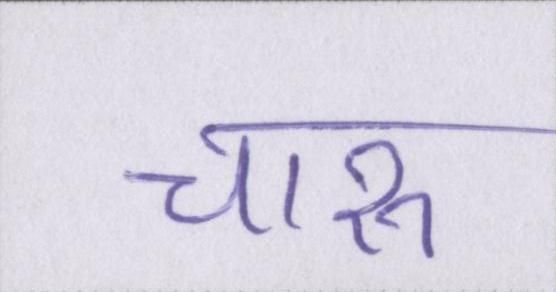
चारु